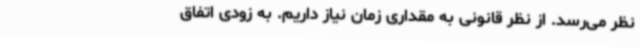
نظر می‌رسد. از نظر قانونی به مقداری زمان نیاز داریم. به زودی اتفاق